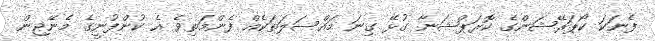
ފެނަކަ ކޯޕަރޭޝަންގެ ކޮރަޕްޝަނާ ގުޅޭ ގިނަ މައްސަލަތަކެއް ފެންމަތިވެ އެ ކުންފުނީގެ މެނޭޖިން